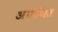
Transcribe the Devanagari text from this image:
अगाणित